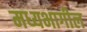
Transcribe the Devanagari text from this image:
मध्यभागील